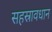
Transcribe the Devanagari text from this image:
सहस्रावधान